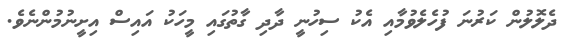
ދެލޮލުން ކަރުނަ ފުހެލެވުމާއި އެކު ސިހުނީ ދާދި ގާތުގައި މީހަކު އައިސް އިށީނުމުންނެވެ.